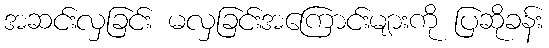
အဆင်းလှခြင်း မလှခြင်းအကြောင်းများကို ပြဆိုခန်း